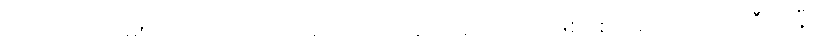
ပင်လယ်လိပ်များသည် ပင်လယ်ရေထုကို အဆိပ်အတောက်ဖြစ်စေသည့် ပင်လယ်ဒီရေနီ